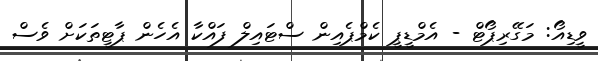
ވީޑިއޯ: މަގޭރިޕޯޓް - އެމްޑީޕީ ކެމްޕެއިން ސްޓައިލް ފައްކާ އެހެން ޕާޓީތަކަށް ވެސް